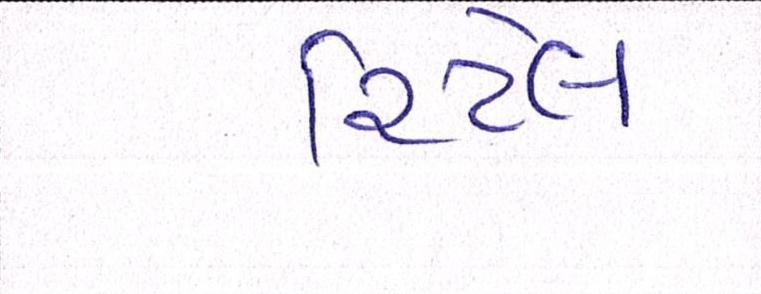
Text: રિટેલ